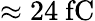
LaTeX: \approx 24~\mathrm{fC}